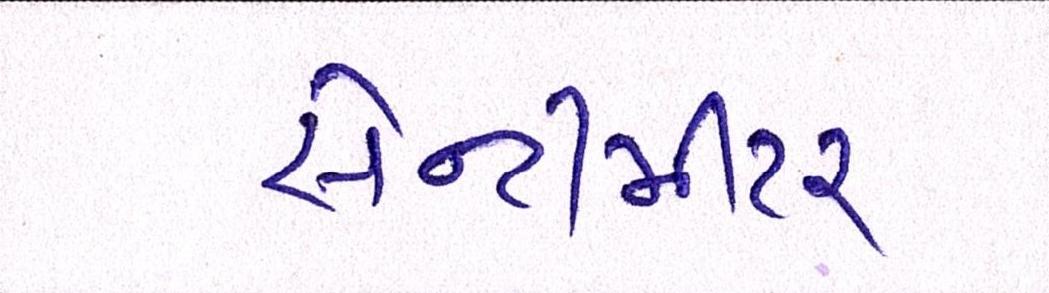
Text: સેન્ટીમીટર